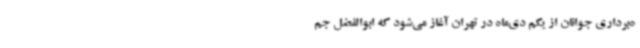
ه‌برداری جوانان از یکم دی‌ماه در تهران آغاز می‌شود که ابوالفضل جم